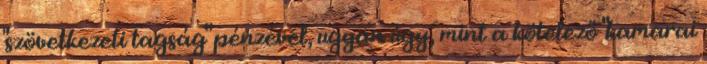
"szövetkezeti tagság" pénzével, ugyan úgy, mint a kötelező "kamarai